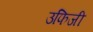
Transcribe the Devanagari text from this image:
उफिजी